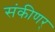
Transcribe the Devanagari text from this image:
संकीणर्